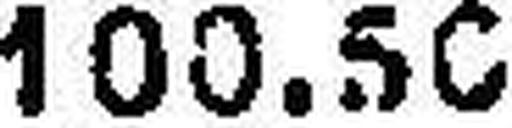
100.50